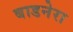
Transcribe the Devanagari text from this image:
बाडनेरा